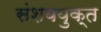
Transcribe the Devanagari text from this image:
संशययुक्त